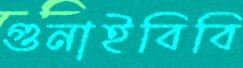
গুনাইবিবি